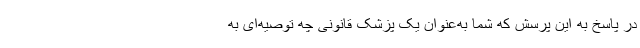
در پاسخ به این پرسش که شما به‌عنوان یک پزشک قانونی چه توصیه‌ای به